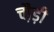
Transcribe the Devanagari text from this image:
चौ़ड़ी